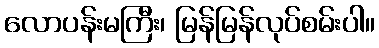
လောပန်းမကြီး၊ မြန်မြန်လုပ်စမ်းပါ။